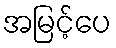
အမြင့်ပေ